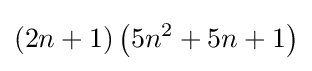
(2n+1)\left(5n^{2}+5n+1\right)